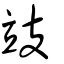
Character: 攱